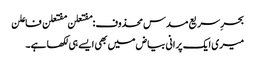
بحرِ سریع مسدس محذوف:مفتعلن مفتعلن فاعلن
میری ایک پرانی بیاض میں بھی ایسے ہی لکھا ہے۔